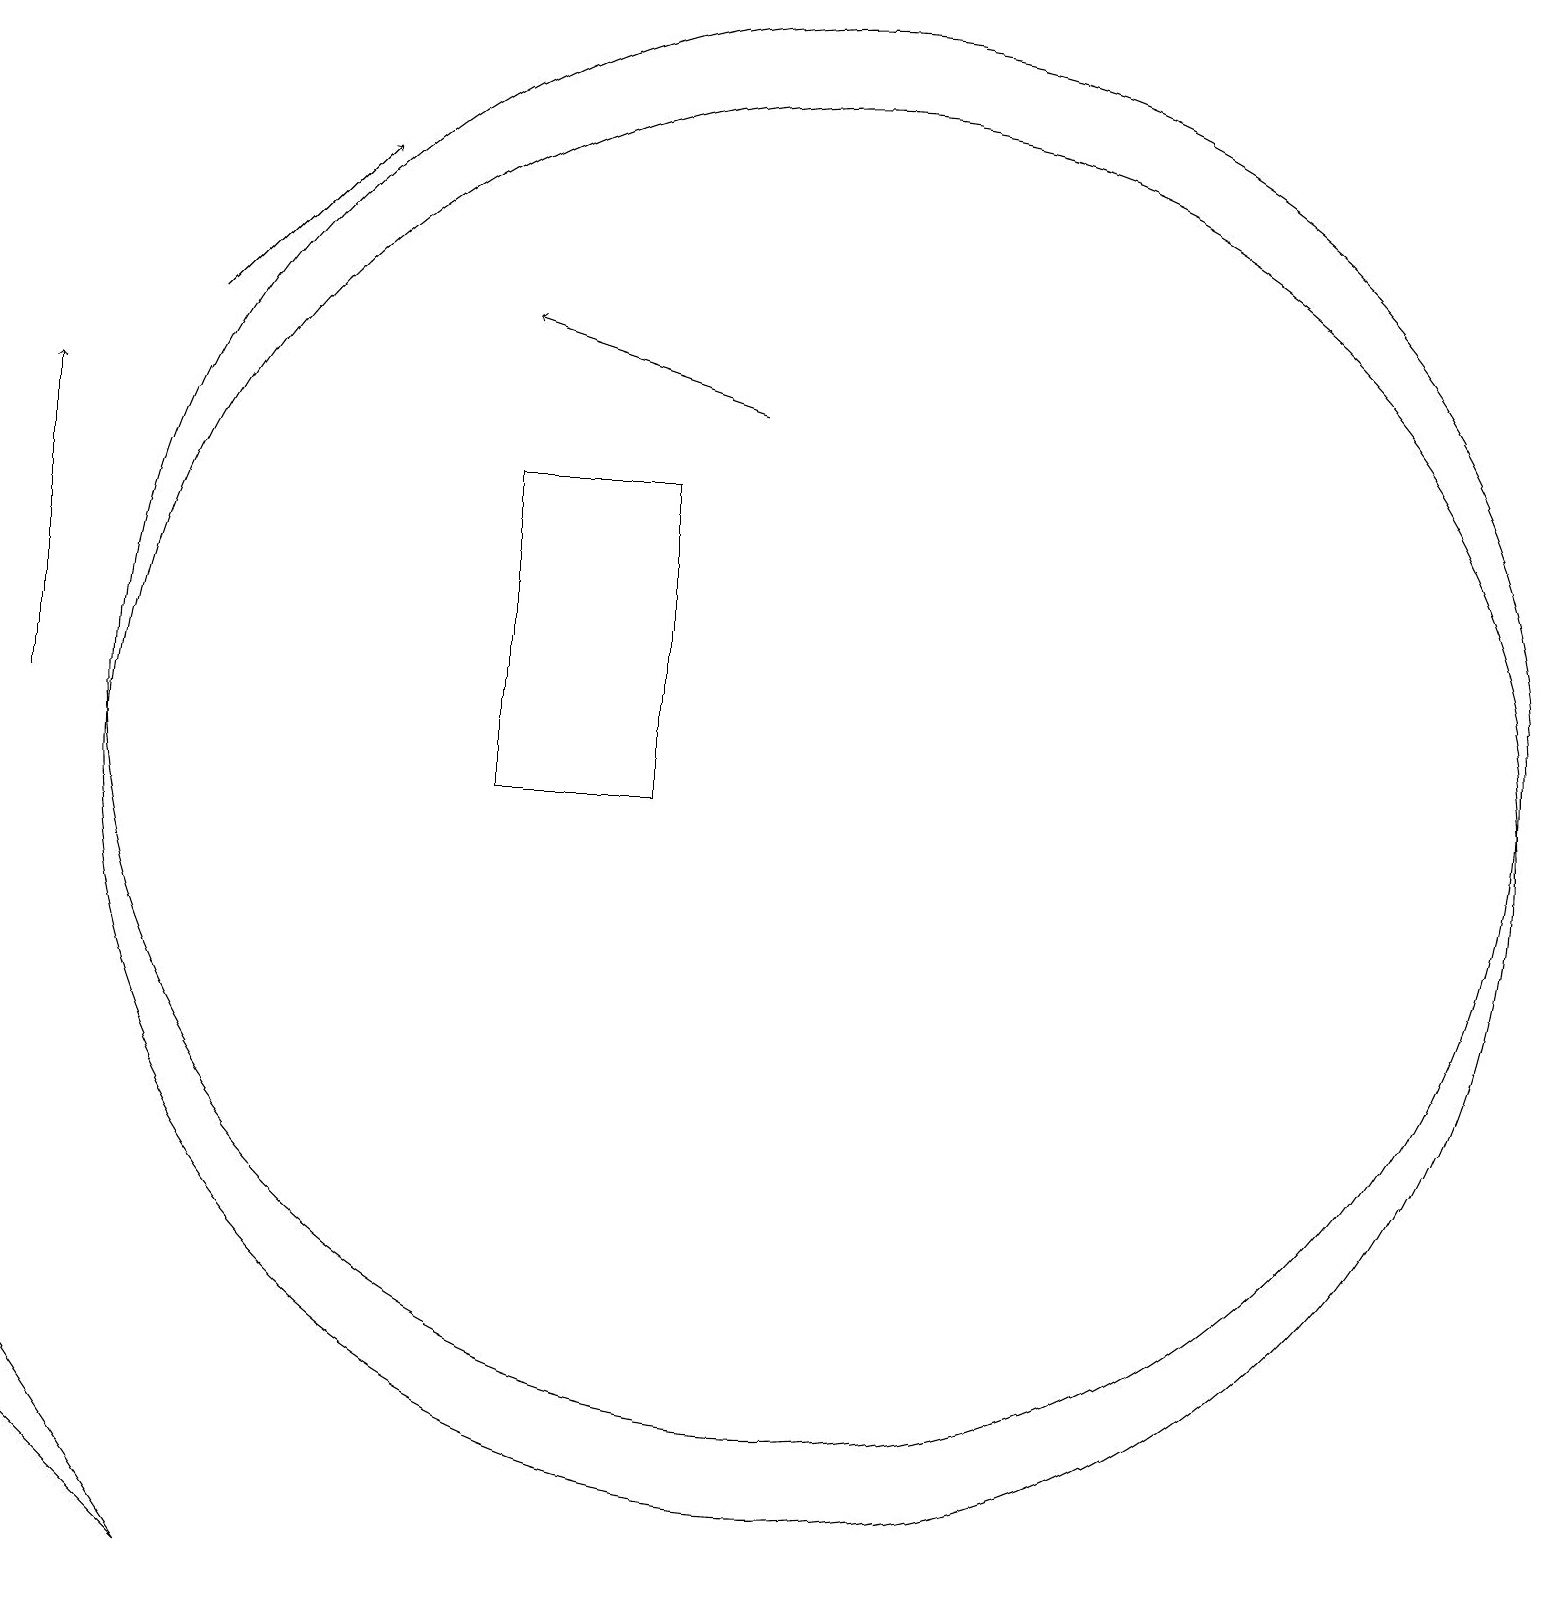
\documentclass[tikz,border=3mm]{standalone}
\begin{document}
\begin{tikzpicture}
\draw[->] (9,15) -- (6,16);
\draw (10,10) circle (9);
\draw (6,14) rectangle (8,10);
\draw (10,11) circle (9);
\draw[->] (2,16) -- (4,18);
\draw (0,3) -- (2,0) -- (0,2) -- cycle;
\draw[->] (0,11) -- (0,15);
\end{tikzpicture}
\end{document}